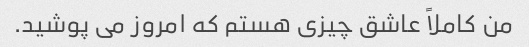
من کاملاً عاشق چیزی هستم که امروز می پوشید.